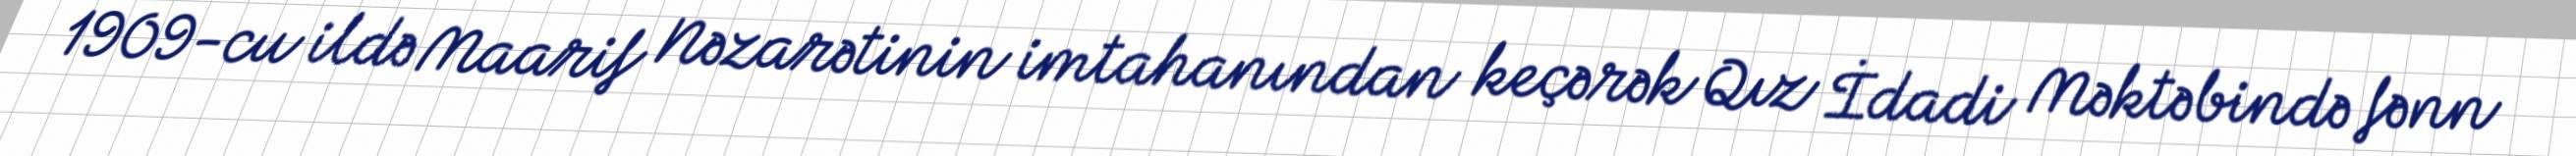
1909-cu ildə Maarif Nəzarətinin imtahanından keçərək Qız İdadi Məktəbində fənn